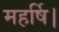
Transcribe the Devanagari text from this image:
महर्षि।